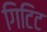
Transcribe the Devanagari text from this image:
गिटिट